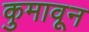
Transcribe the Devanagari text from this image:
कुमावून